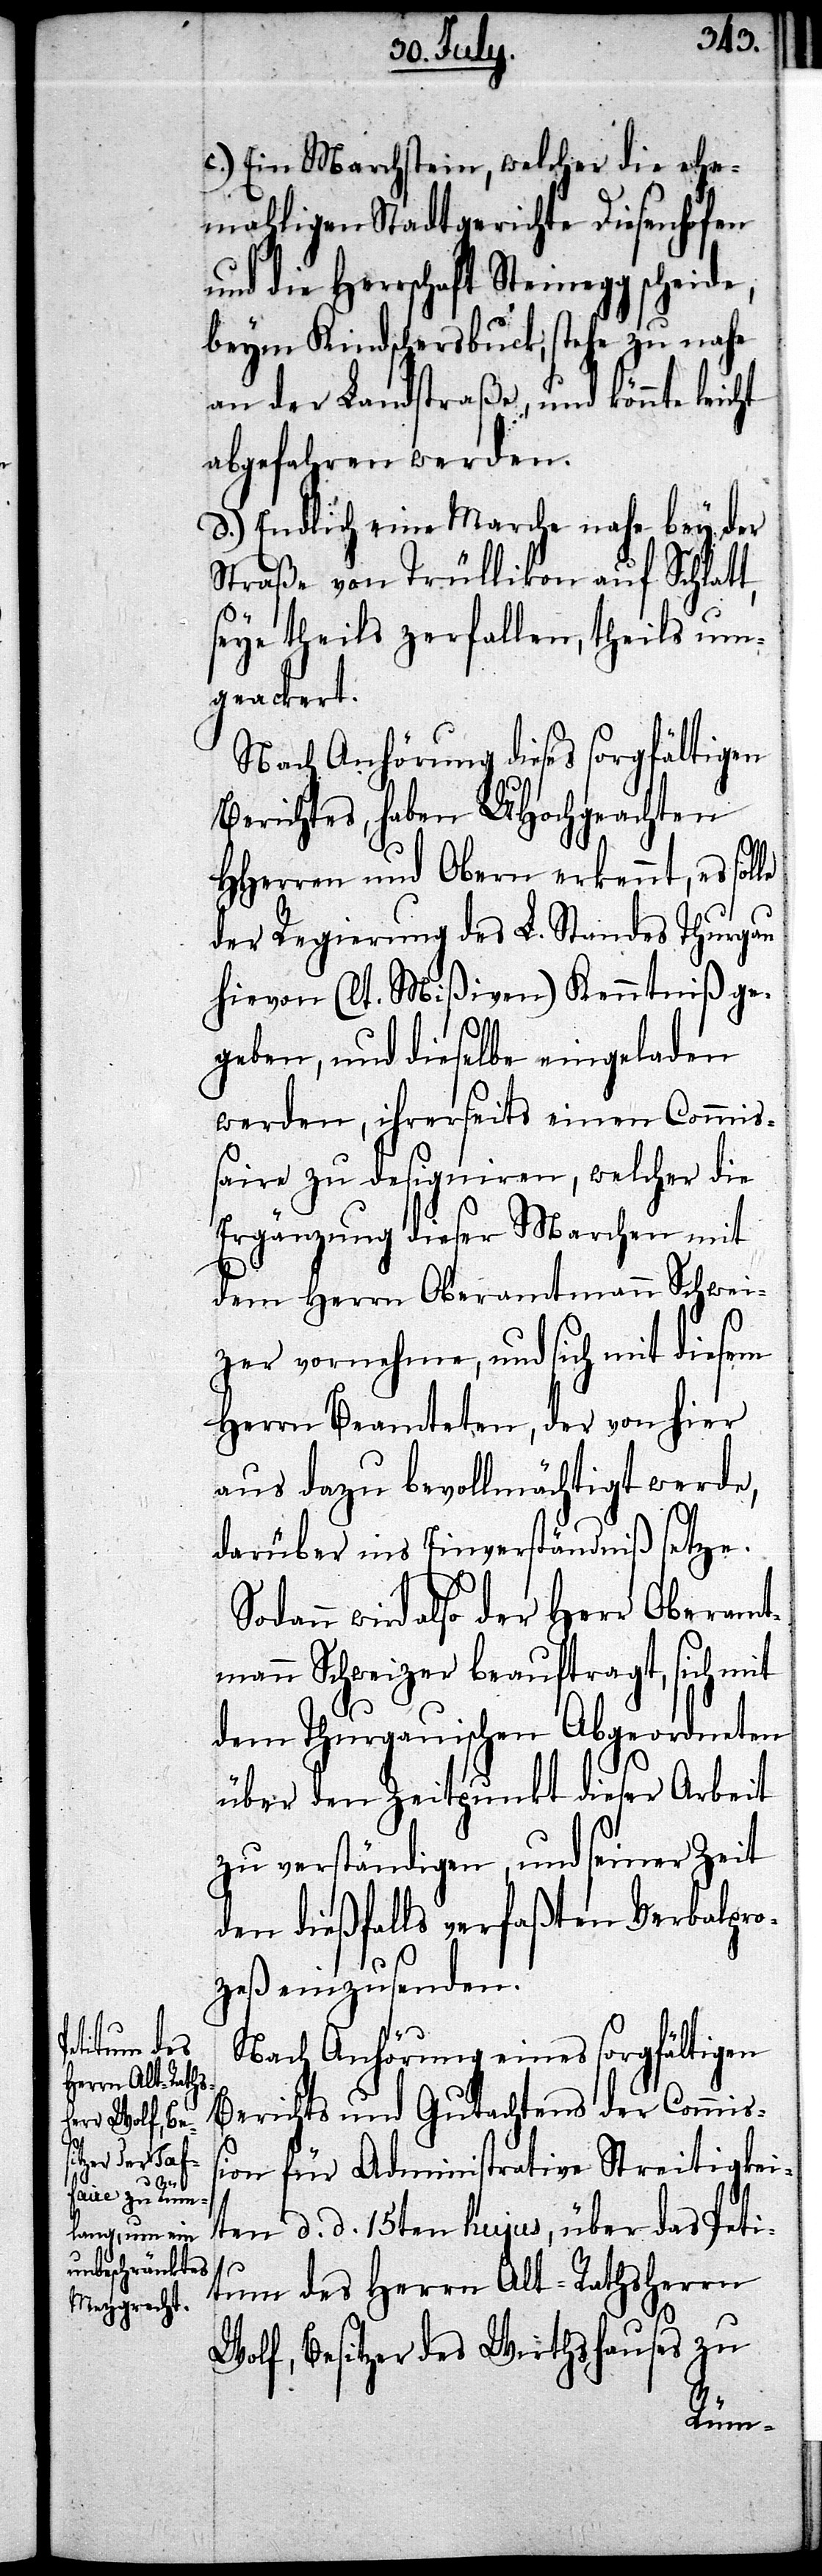
c.) Ein Marchstein, welcher die ehe¬
mahligen Stadtgerichte Diesenhofen
und die Herrschaft Steinegg scheid¬
beym Kindschersbuck, stehe zu nahe
an der Landstraße, und könnte leicht
abgefahren werden.
d.) Endlich eine Marche nahe bey der
Straße von Trüllikon auf Schlatt,
seye theils zerfallen, theils um¬
geackert.
Nach Anhörung dieses sorgfältigen
Berichtes, haben UHochgeachten
HHerren und Obern erkennt, es sol¬
der Regierung des L. Standes Thurgau
hievon (lt. Mißiven) Kenntniß ge¬
geben, und dieselbe eingeladen
werden, ihrerseits einen Commiß¬
aire zu designiren, welcher die
Ergänzung dieser Marchen mit
dem Herrn Oberamtmann Schwei¬
zer vornehme, und sich mit diesem
Herrn Beamteten, der von hier
aus dazu bevollmächtigt werde,
darüber ins Einverständniß setze.
wird also der Herr Oberamt¬
mann Schweizer beauftragt, sich mit
dem Thurgauischen Abgeordneten
über den Zeitpunkt dieser Arbeit
zu verständigen, und seiner Zeit
den dießfalls verfaßten Verbalpro¬
e,
le
zeß einzusenden.
Nach Anhörung eines sorgfältigen
Berichts und Gutachtens der Commiß¬
ion für Administrative Streitigkei¬
ten d. d. 15ten hujus, über das Peti¬
tum des Herrn Alt-Rathsherrn
Wolf, Besitzer des Wirthshauses zu